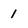
Character: 1